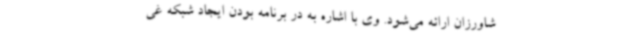
شاورزان ارائه می‌شود. وی با اشاره به در برنامه بودن ایجاد شبکه غی